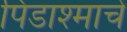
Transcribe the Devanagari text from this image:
पिंडाश्माचे